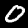
Digit: 0